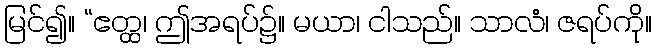
မြင်၍။ “ဧတ္ထ၊ ဤအရပ်၌။ မယာ၊ ငါသည်။ သာလံ၊ ဇရပ်ကို။